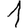
Digit: 1